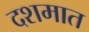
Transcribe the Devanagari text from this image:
दशमात